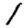
Digit: 1